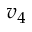
v _ { 4 }